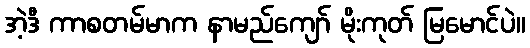
အဲ့ဒီ ကာစတမ်မာက နာမည်ကျော် မိုးကုတ် မြမောင်ပဲ။